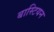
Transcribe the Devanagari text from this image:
बास्टियन